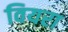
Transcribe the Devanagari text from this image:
वियरा